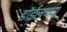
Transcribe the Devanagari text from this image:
डाॅईलच्या